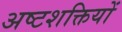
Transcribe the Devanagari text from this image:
अष्टशक्तियों